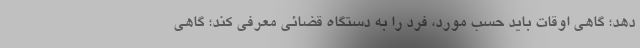
دهد؛ گاهی اوقات باید حسب مورد، فرد را به دستگاه قضائی معرفی کند؛ گاهی